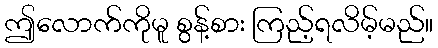
ဤလောက်ကိုမူ စွန့်စား ကြည့်ရလိမ့်မည်။